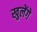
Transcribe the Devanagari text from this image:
खुलेंगे